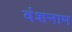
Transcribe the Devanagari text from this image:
वंशनाम